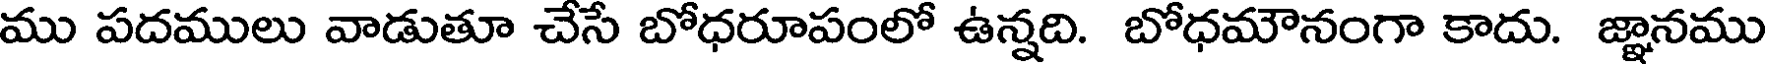
ము పదములు వాడుతూ చేసే బోధరూపంలో ఉన్నది. బోధమౌనంగా కాదు. జ్ఞానము